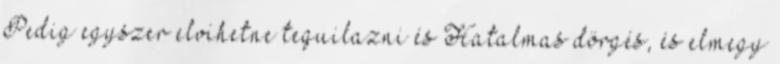
Pedig egyszer elvihetne tequilazni és Hatalmas dörgés, és elmegy